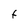
Character: f